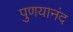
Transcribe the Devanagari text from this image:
पुणयानंद